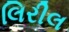
લિરીલ